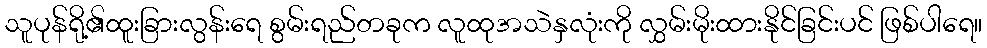
သူပုန်ရို့၏ထူးခြားလွန်းရေ စွမ်းရည်တခုက လူထုအသဲနှလုံးကို လွှမ်းမိုးထားနိုင်ခြင်းပင် ဖြစ်ပါရေ။